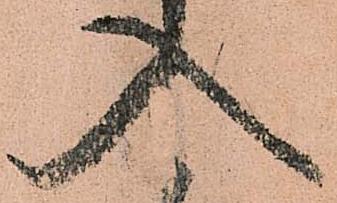
入